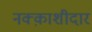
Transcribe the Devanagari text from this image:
नक्क़ाशीदार